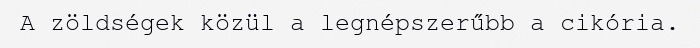
A zöldségek közül a legnépszerűbb a cikória.